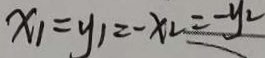
x _ { 1 } = y _ { 1 } = - x _ { 2 } = - y _ { 2 }